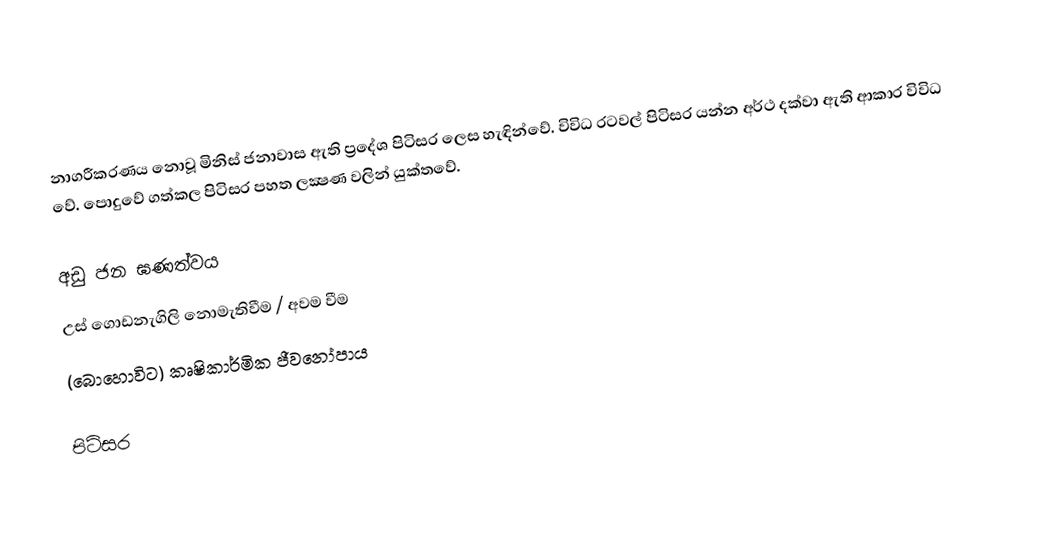
නාගරීකරණය නොවූ මිනිස් ජනාවාස ඇති ප්‍රදේශ පිටිසර ලෙස හැඳින්වේ. විවිධ රටවල් පිටිසර යන්න අර්ථ දක්වා ඇති ආකාර විවිධ වේ. පොදුවේ ගත්කල පිටිසර පහත ලක්‍ෂණ වලින් යුක්තවේ.

 අඩු ජන ඝණත්වය
 උස් ගොඩනැගිලි නොමැතිවීම / අවම වීම
 (බොහොවිට) කෘෂිකාර්මික ජීවනෝපාය

පිටිසර